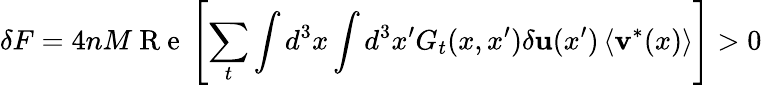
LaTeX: \delta F=4nM\mathrm{~R~e~}\left[\sum_{t}\int d^{3}x\int d^{3}x^{\prime}G_{t}(x,x^{\prime})\delta\textbf{u}(x^{\prime})\left<\textbf{v}^{*}(x)\right>\right]>0